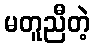
မတူညီတဲ့